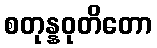
စတုန္နဝုတိတော